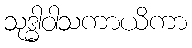
သုဒ္ဓါဝါသကာယိကာ